65_HS1-834228961_62-HQ-83894_Section_3
Agency: FBI
Page 137
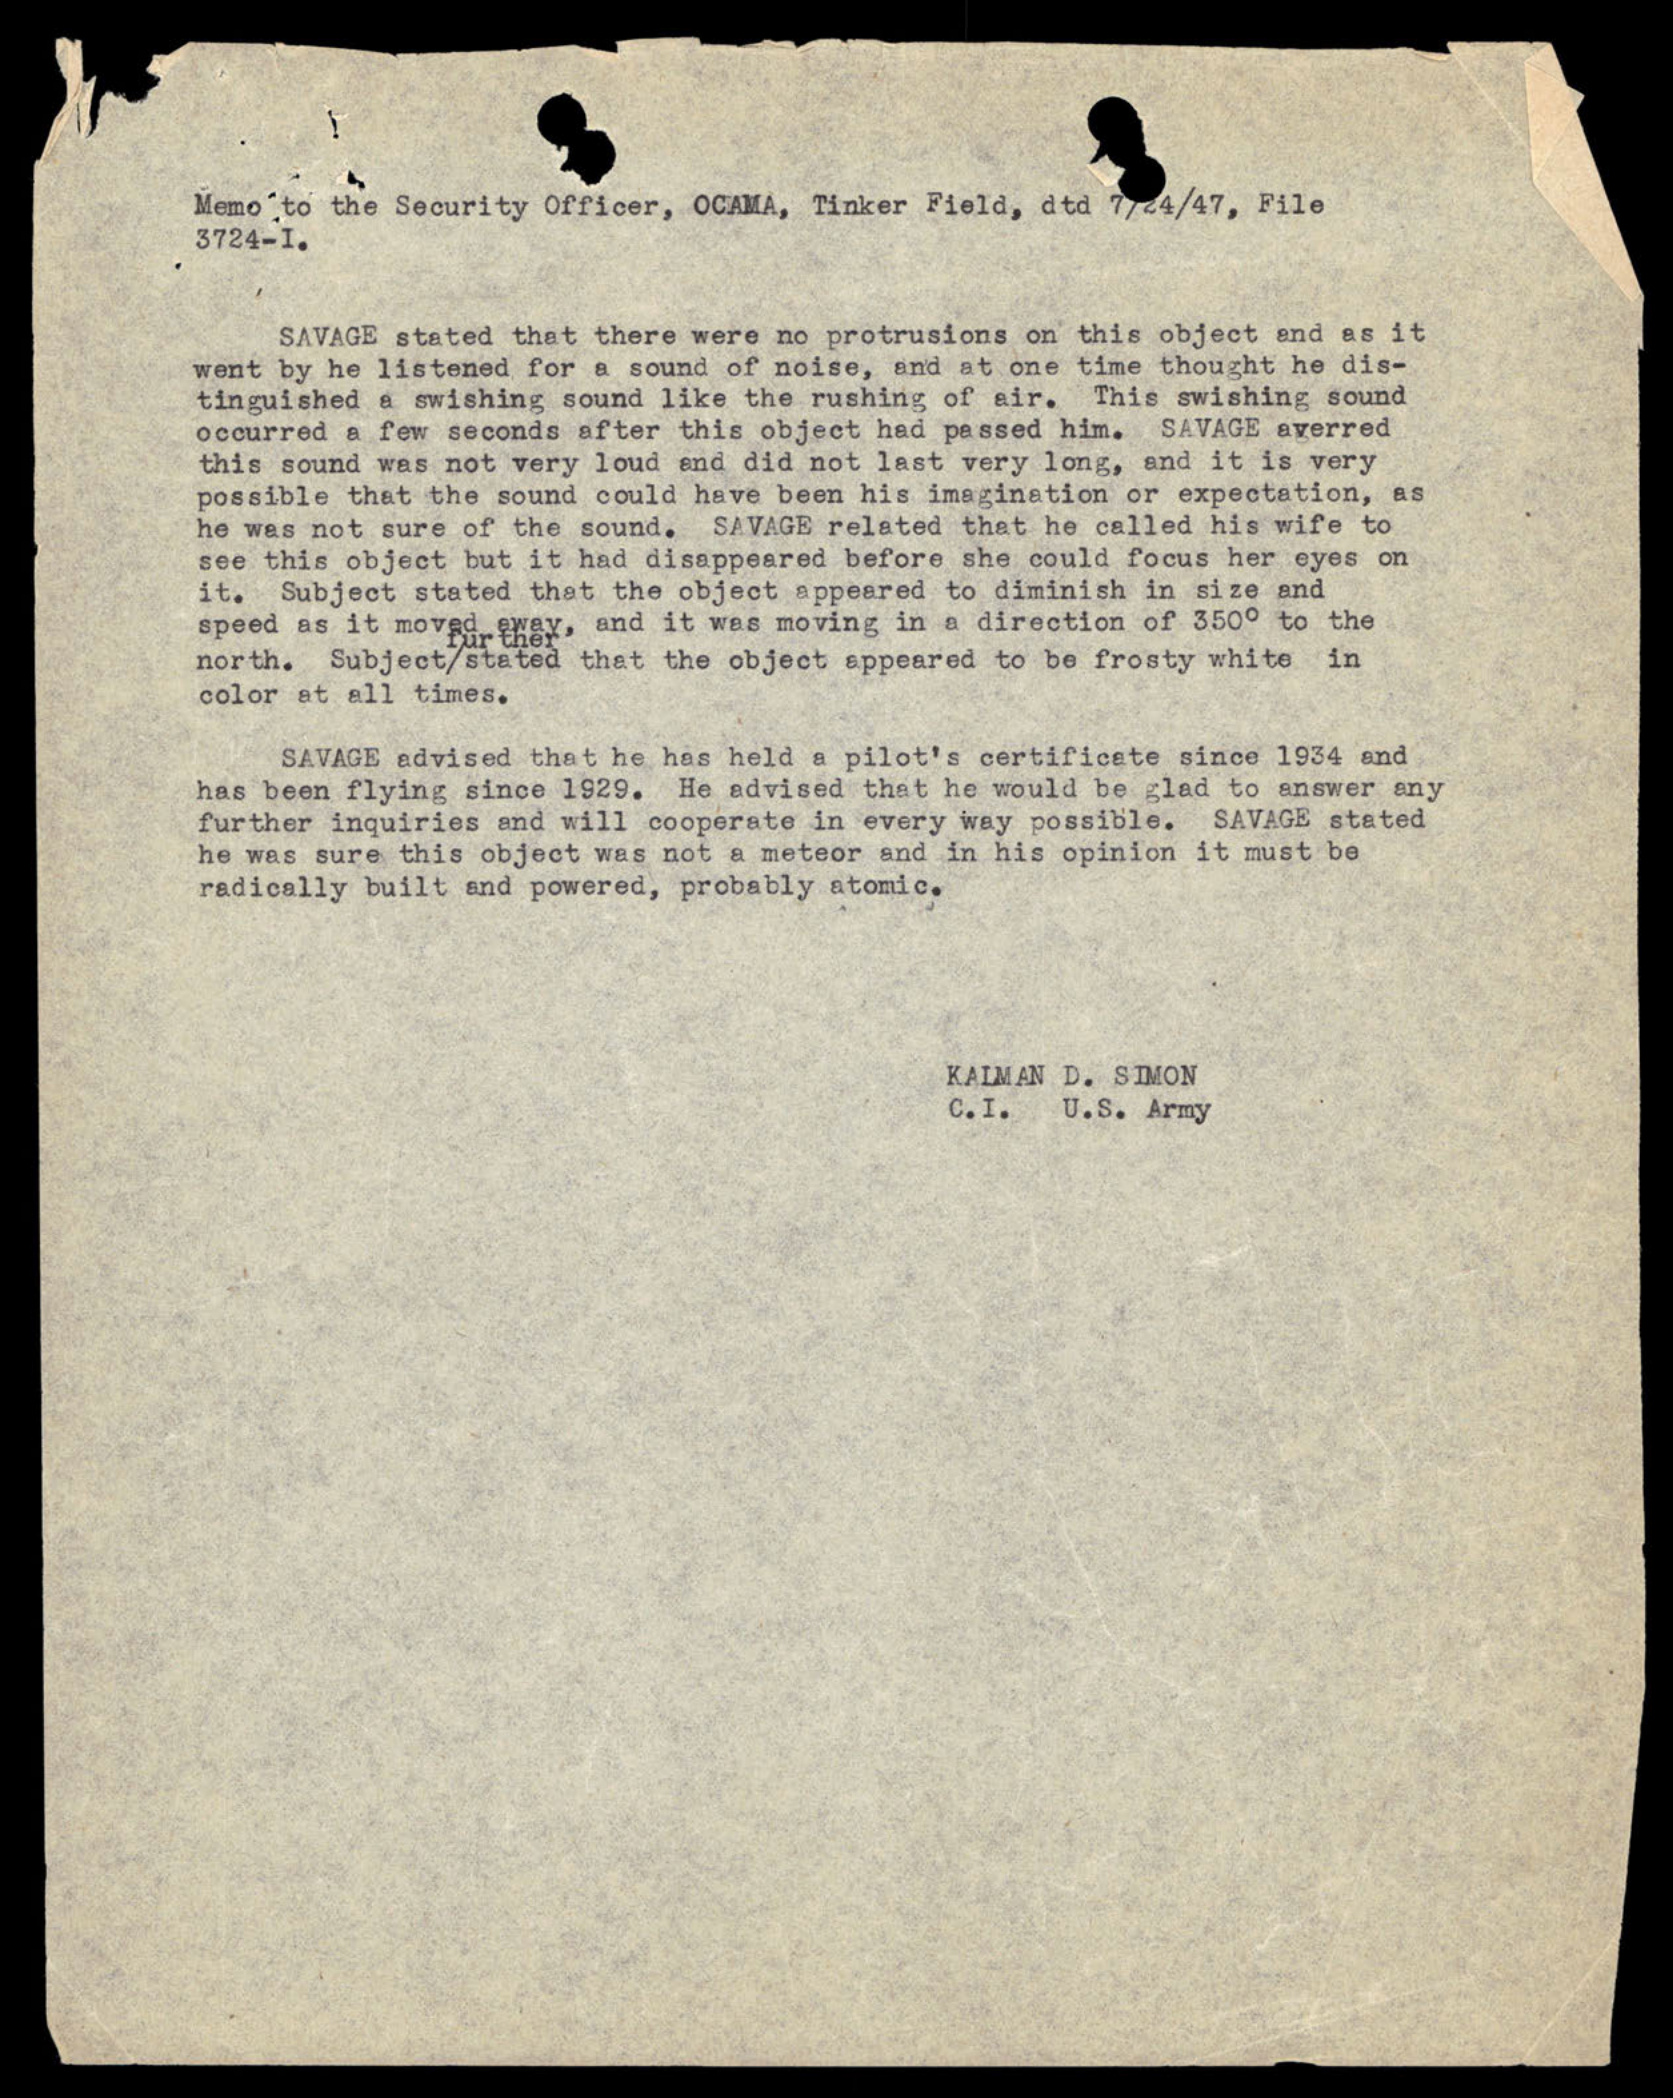